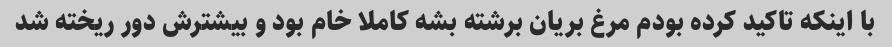
با اینکه تاکید کرده بودم مرغ بریان برشته بشه کاملا خام بود و بیشترش دور ریخته شد